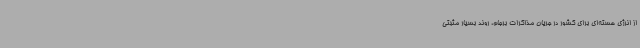
از انرژی هسته‌ای برای کشور در جریان مذاکرات برجام، روند بسیار مثبتی